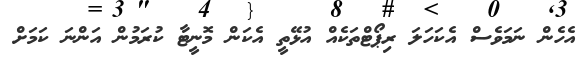
އެހެން ނަމަވެސް އެކަހަލަ ރިޕޯޓްތަކެއް އުޅޭތީ އެކަން މޮނީޓާ ކުރަމުން އަންނަ ކަމަށް